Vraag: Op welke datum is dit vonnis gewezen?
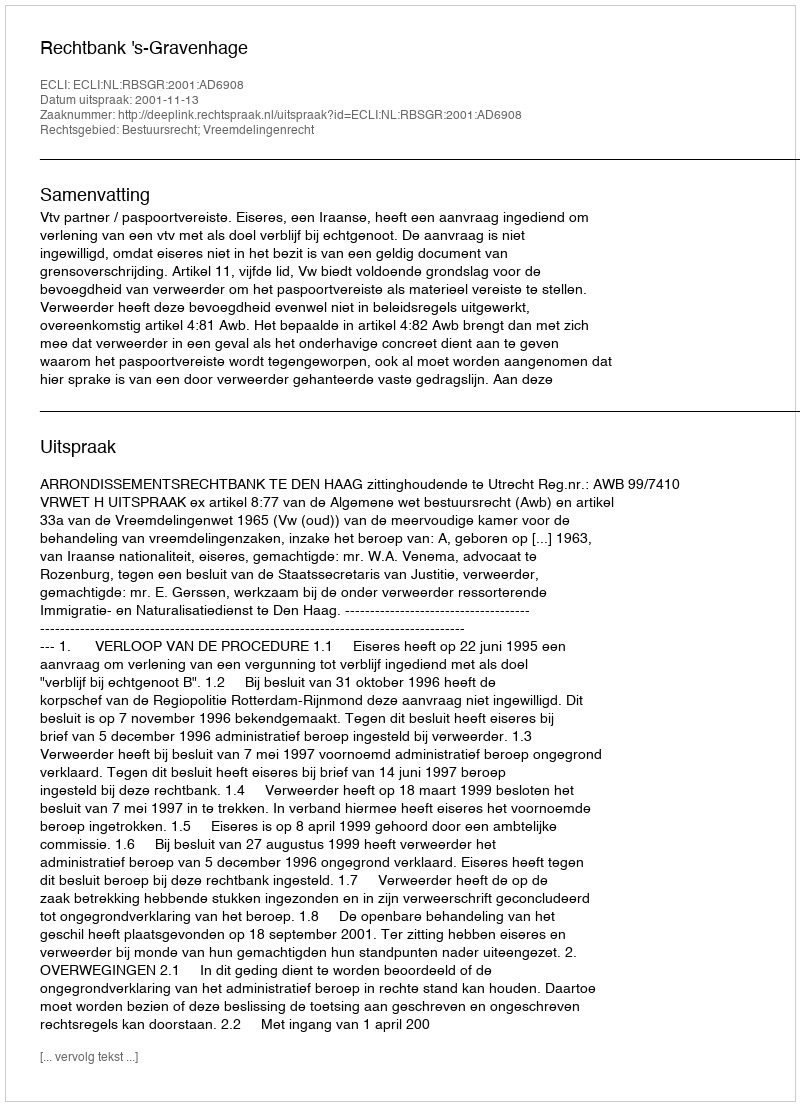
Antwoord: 2001-11-13